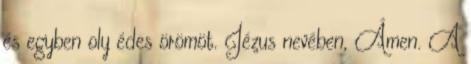
és egyben oly édes örömöt. Jézus nevében, Ámen. A